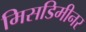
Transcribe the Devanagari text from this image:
मिसडिमीनर